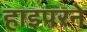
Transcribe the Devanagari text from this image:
हाइपरने